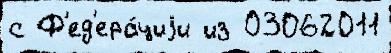
с Ф'ед'ера́циjи из 03062011